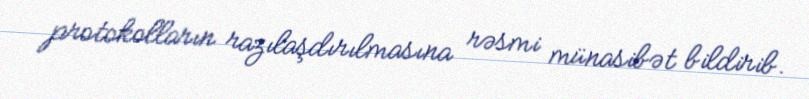
protokolların razılaşdırılmasına rəsmi münasibət bildirib.